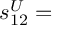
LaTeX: s _ { 1 2 } ^ { U } =